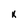
Character: k